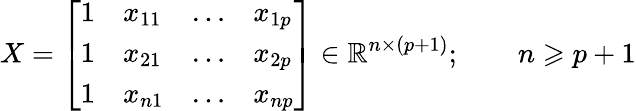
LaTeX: X={\left[\begin{array}{llll}{1}&{x_{11}}&{\dots}&{x_{1p}}\\ {1}&{x_{21}}&{\dots}&{x_{2p}}\\ {1}&{x_{n1}}&{\dots}&{x_{np}}\end{array}\right]}\in\mathbb{R}^{n\times(p+1)};\qquad n\geqslant p+1